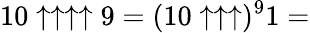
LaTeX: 10\uparrow\uparrow\uparrow\uparrow 9=(10\uparrow\uparrow\uparrow)^{9}1=